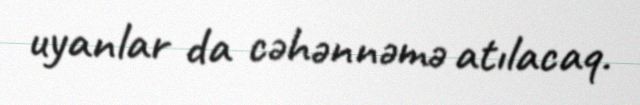
uyanlar da cəhənnəmə atılacaq.